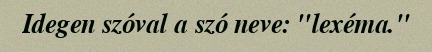
Idegen szóval a szó neve: "lexéma."